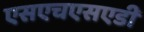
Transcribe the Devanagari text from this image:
एसएचएसएडी